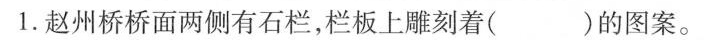
1.赵州桥桥面两侧有石栏，栏板上雕刻着（ ）的图案。